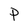
Character: P